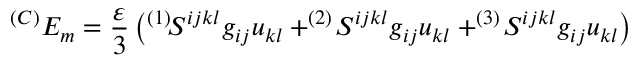
^ { ( C ) } E _ { m } = \frac \varepsilon 3 \left( ^ { ( 1 ) } \! S ^ { i j k l } g _ { i j } u _ { k l } + ^ { ( 2 ) } \! S ^ { i j k l } g _ { i j } u _ { k l } + ^ { ( 3 ) } \! S ^ { i j k l } g _ { i j } u _ { k l } \right)